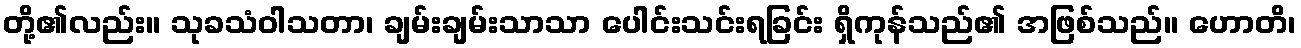
တို့၏လည်း။ သုခသံဝါသတာ၊ ချမ်းချမ်းသာသာ ပေါင်းသင်းရခြင်း ရှိကုန်သည်၏ အဖြစ်သည်။ ဟောတိ၊